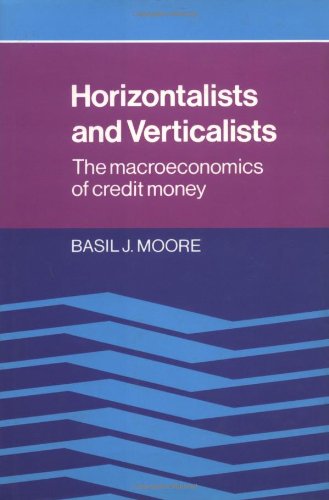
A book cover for Horizontalists and Verticalists: The Macroeconomics of Credit Money; Basil J. Moore; Business & Money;